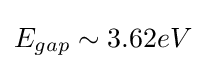
E_{gap}\sim 3.62eV